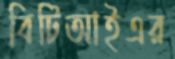
বিটিআইএর